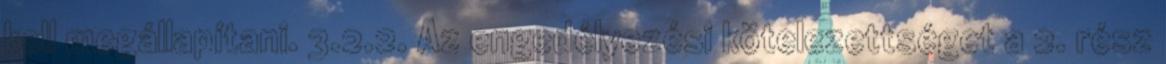
kell megállapítani. 3.2.2. Az engedélyezési kötelezettséget a 2. rész